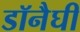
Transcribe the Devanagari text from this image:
डॉनैघी